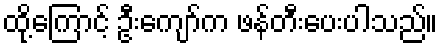
ထို့ကြောင့် ဦးကျော်က ဖန်တီးပေးပါသည်။